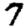
Digit: 7